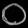
Digit: ၀